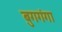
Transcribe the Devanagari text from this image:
बुगगंगा